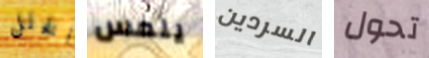
الخلل يلمس السردين تحول